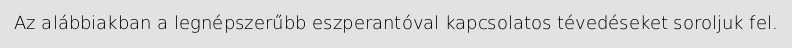
Az alábbiakban a legnépszerűbb eszperantóval kapcsolatos tévedéseket soroljuk fel.